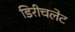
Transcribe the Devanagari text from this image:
डिरीचलेट